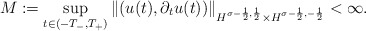
\begin{align*} M := \sup_{t \in (-T_-,T_+)} \|(u(t),\partial_t u(t))\|_{H^{\sigma-\frac{1}{2}, \frac{1}{2}}\times H^{\sigma-\frac{1}{2},-\frac{1}{2}}} < \infty.\end{align*}